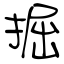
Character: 掘